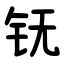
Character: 䥻